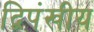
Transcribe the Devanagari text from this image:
द्विपंखीय